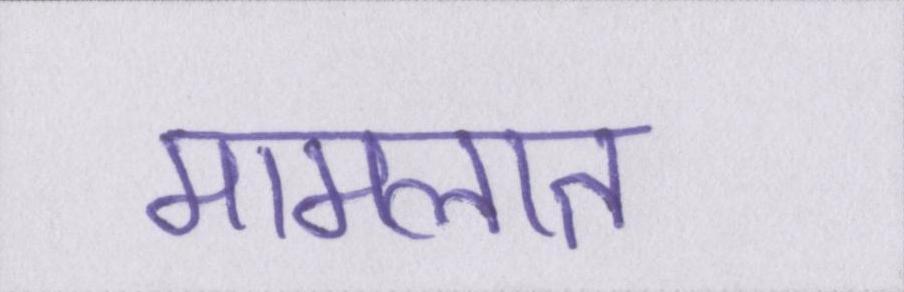
मामलात